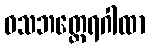
ဝသဘတ္ထေရဂါထာ